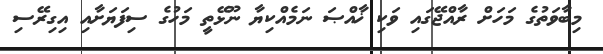
މިބާވަތުގެ މަހަށް ރާއްޖޭގައި ވަކި ޚާއްޞަ ނަމެއްކިޔާ ނޫޅޭތީ މަހުގެ ސިފަޔަށާއި އިގިރޭސި